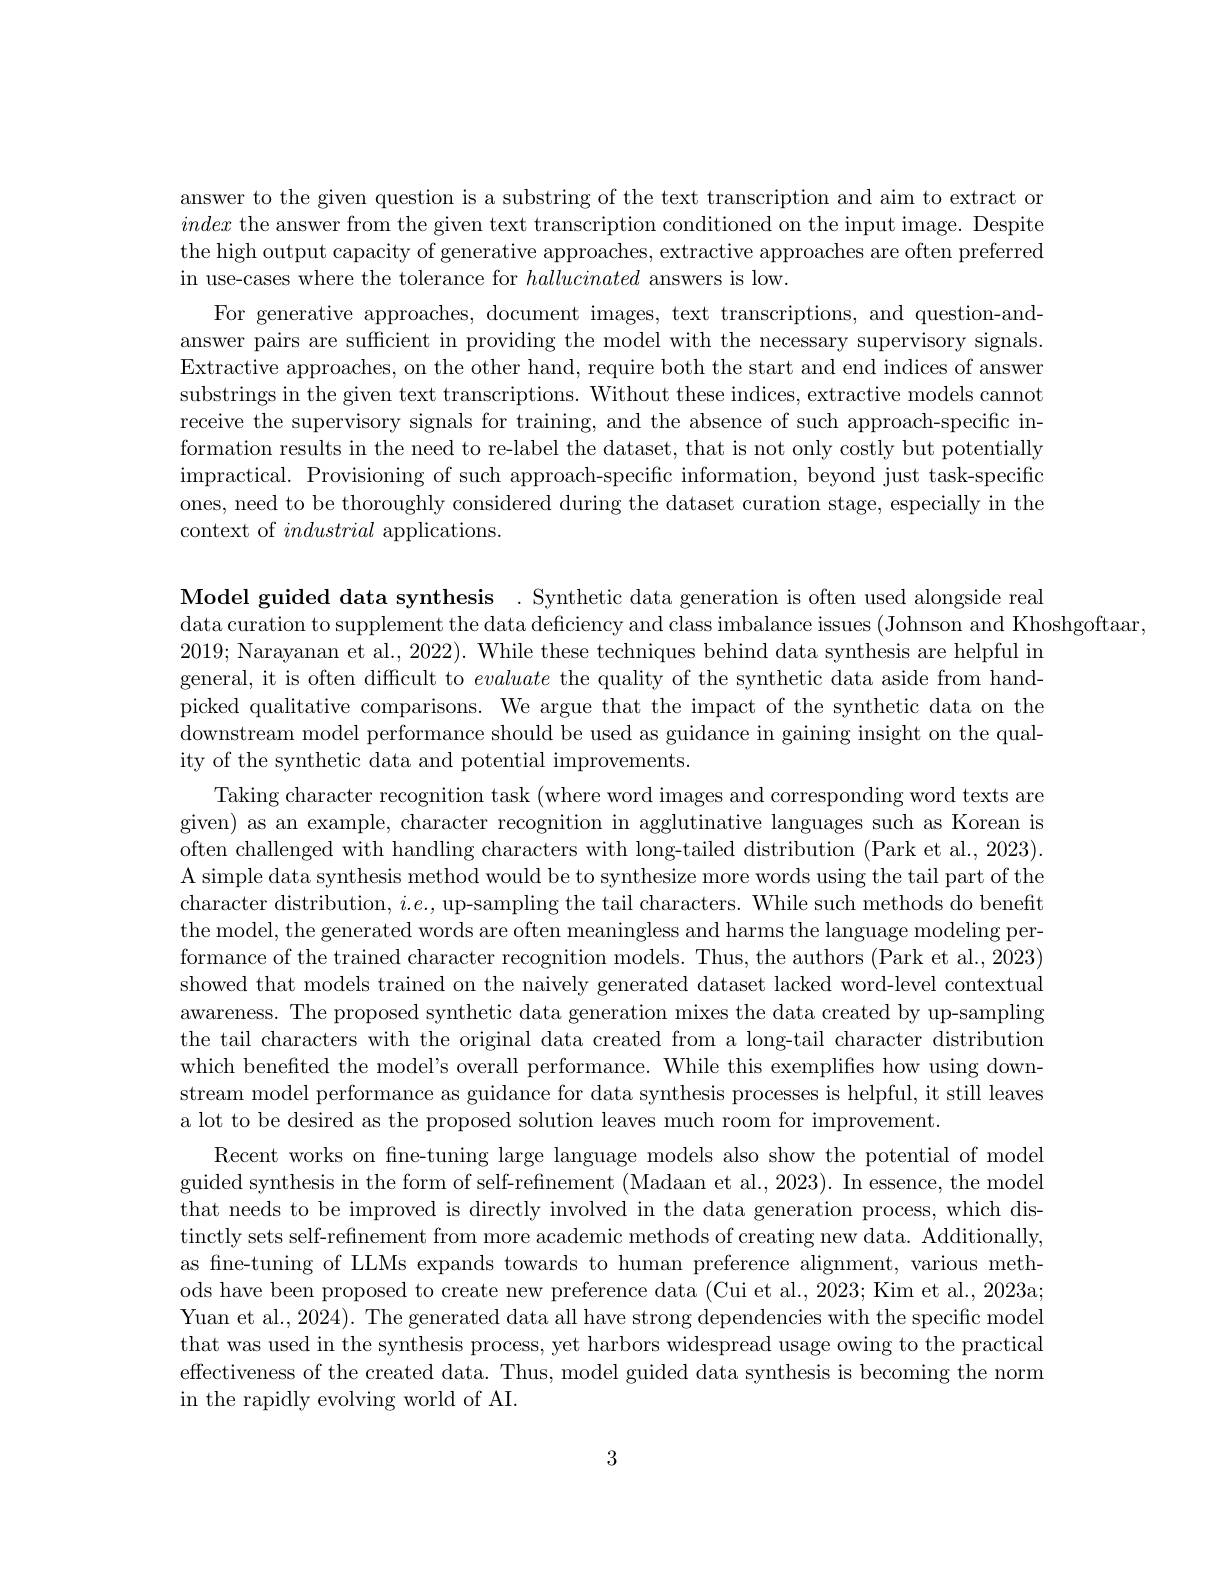
answer to the given question is a substring of the text transcription and aim to extract or index the answer from the given text transcription conditioned on the input image. Despite the high output capacity of generative approaches, extractive approaches are often preferred in use-cases where the tolerance for hallucinated answers is low.
For generative approaches, document images, text transcriptions, and question-andanswer pairs are suffcient in providing the model with the necessary supervisory signals. Extractive approaches, on the other hand, require both the start and end indices of answer substrings in the given text transcriptions. Without these indices, extractive models cannot receive the supervisory signals for training, and the absence of such approach-specific information results in the need to re-label the dataset, that is not only costly but potentially impractical. Provisioning of such approach-specific information, beyond just task-specific ones, need to be thoroughly considered during the dataset curation stage, especially in the context of industrial applications.

Model guided data synthesis . Synthetic data generation is often used alongside real
data curation to supplement the data deficiency and class imbalance issues (Johnson and Khoshgoftaar,
2019; Narayanan et al., 2022). While these techniques behind data synthesis are helpful in general, it is often difficult to evaluate the quality of the synthetic data aside from handpicked qualitative comparisons. We argue that the impact of the synthetic data on the downstream model performance should be used as guidance in gaining insight on the quality of the synthetic data and potential improvements.
Taking character recognition task (where word images and corresponding word texts are given) as an example, character recognition in agglutinative languages such as Korean is often challenged with handling characters with long-tailed distribution (Park et al., 2023). A simple data synthesis method would be to synthesize more words using the tail part of the character distribution, $i.e.$, up-sampling the tail characters. While such methods do benefit the model, the generated words are often meaningless and harms the language modeling performance of the trained character recognition models. Thus, the authors (Park et al., 2023) showed that models trained on the naively generated dataset lacked word-level contextual awareness. The proposed synthetic data generation mixes the data created by up-sampling the tail characters with the original data created from a long-tail character distribution which benefited the model's overall performance. While this exemplifies how using downstream model performance as guidance for data synthesis processes is helpful, it still leaves a lot to be desired as the proposed solution leaves much room for improvement.
Recent works on fine-tuning large language models also show the potential of model guided synthesis in the form of self-refinement (Madaan et al., 2023). In essence, the model that needs to be improved is directly involved in the data generation process, which distinctly sets self- refinement from more academic methods of creating new data. Additionally, as fine-tuning of LLMs expands towards to human preference alignment, various methods have been proposed to create new preference data (Cui et al., 2023; Kim et al., 2023a; Yuan et al., 2024). The generated data all have strong dependencies with the specific model that was used in the synthesis process, yet harbors widespread usage owing to the practical effectiveness of the created data. Thus, model guided data synthesis is becoming the norm in the rapidly evolving world of AI.

3